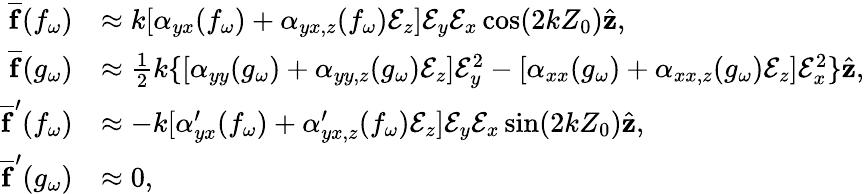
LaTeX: \begin{array}{rl}{\overline{{\mathbf{f}}}(f_{\omega})}&{\approx k[\alpha_{yx}(f_{\omega})+\alpha_{yx,z}(f_{\omega})\mathcal{E}_{z}]\mathcal{E}_{y}\mathcal{E}_{x}\cos(2kZ_{0})\hat{\mathbf{z}},}\\ {\overline{{\mathbf{f}}}(g_{\omega})}&{\approx\frac{1}{2}k\{ [\alpha_{yy}(g_{\omega})+\alpha_{yy,z}(g_{\omega})\mathcal{E}_{z}]\mathcal{E}_{y}^{2}-[\alpha_{xx}(g_{\omega})+\alpha_{xx,z}(g_{\omega})\mathcal{E}_{z}]\mathcal{E}_{x}^{2}\} \hat{\mathbf{z}},}\\ {\overline{{\mathbf{f}}}^{\prime}(f_{\omega})}&{\approx-k[\alpha_{yx}^{\prime}(f_{\omega})+\alpha_{yx,z}^{\prime}(f_{\omega})\mathcal{E}_{z}]\mathcal{E}_{y}\mathcal{E}_{x}\sin(2kZ_{0})\hat{\mathbf{z}},}\\ {\overline{{\mathbf{f}}}^{\prime}(g_{\omega})}&{\approx 0,}\end{array}